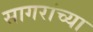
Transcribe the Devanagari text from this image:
सागरांच्या